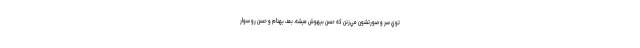
توي سر و صورتشون مي‌زنن كه حسن بيهوش ميشه. بعد، بهنام و حسن رو سوار